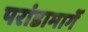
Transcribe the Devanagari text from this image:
परांडामार्गे